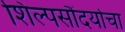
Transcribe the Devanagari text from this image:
शिल्पसौंदर्याचा